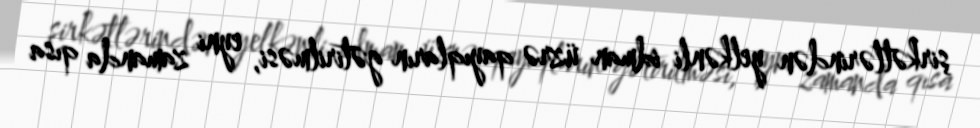
şirkətlərindən yelkənli idman üzrə qayıqların gətirilməsi, eyni zamanda qısa